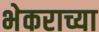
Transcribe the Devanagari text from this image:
भेकराच्या